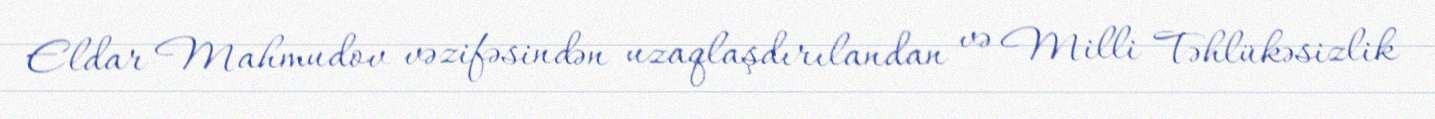
Eldar Mahmudov vəzifəsindən uzaqlaşdırılandan və Milli Təhlükəsizlik